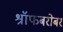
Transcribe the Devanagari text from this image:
श्रॉफबरोबर